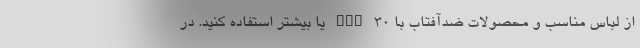
از لباس مناسب و محصولات ضدآفتاب با SPF 30 یا بیشتر استفاده کنید. در